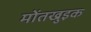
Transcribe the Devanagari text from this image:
मोंतखुइक